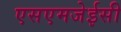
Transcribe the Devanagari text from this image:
एसएमजेईसी